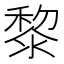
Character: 黎